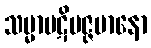
သမ္မာပဋိပဇ္ဇမာနော